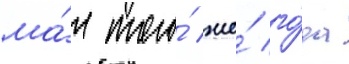
ма́я того́ же́ го́да